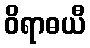
ဝိရာဓယီ